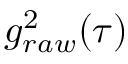
{ g _ { r a w } ^ { 2 } ( \tau ) }